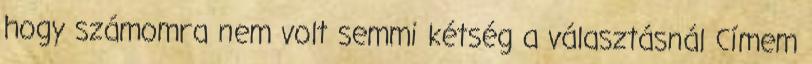
hogy számomra nem volt semmi kétség a választásnál Címem